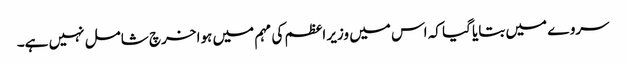
سروے میں بتایا گیا کہ اس میں وزیر اعظم کی مہم میں ہوا خرچ شامل نہیں ہے۔